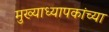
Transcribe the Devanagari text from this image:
मुख्याध्यापकांच्या